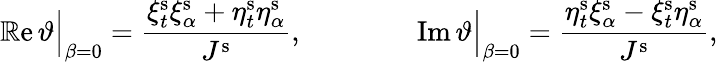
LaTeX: \operatorname{\mathbb{R}e}\vartheta\Big\vert_{\beta=0}=\frac{{\xi_{t}^{\mathrm{{s}}}\xi_{\alpha}^{\mathrm{{s}}}+\eta_{t}^{\mathrm{{s}}}\eta_{\alpha}^{\mathrm{{s}}}}}{{J^{\mathrm{{s}}}}},\qquad\qquad\operatorname{Im}\vartheta\Big\vert_{\beta=0}=\frac{{\eta_{t}^{\mathrm{{s}}}\xi_{\alpha}^{\mathrm{{s}}}-\xi_{t}^{\mathrm{{s}}}\eta_{\alpha}^{\mathrm{{s}}}}}{{J^{\mathrm{{s}}}}},